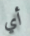
أي